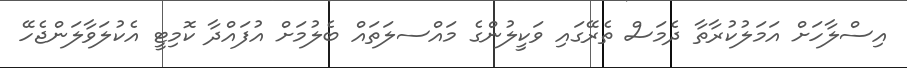
އިސްލާހަށް އަމަލުކުރާތާ ދެމަސް ތެރޭގައި ވަކީލުންގެ މައްސލަަތައް ބެލުމަށް އުފައްދާ ކޮމިޓީ އެކުލަވާލަންޖެހޭ